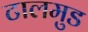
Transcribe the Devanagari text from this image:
टालमुड